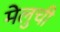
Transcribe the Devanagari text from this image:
मेलुची